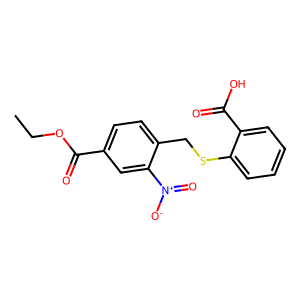
SMILES: CCOC(=O)c1ccc(CSc2ccccc2C(=O)O)c([N+](=O)[O-])c1
Inhibits HIV replication: No